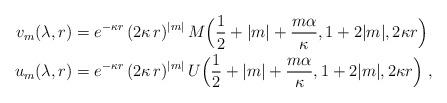
LaTeX: \begin{align*}v_{m}(\lambda, r) &= e^{-\kappa r}\, (2\kappa\, r)^{|m|}\, M\Big(\frac 12+|m|+\frac{m\alpha}{\kappa}, 1+2 |m|, 2\kappa r\Big) \\u_m(\lambda, r) &= e^{-\kappa r}\, (2\kappa\, r)^{|m|}\, U\Big(\frac 12+|m|+\frac{m\alpha}{\kappa}, 1+2 |m|, 2\kappa r\Big) \ ,\end{align*}